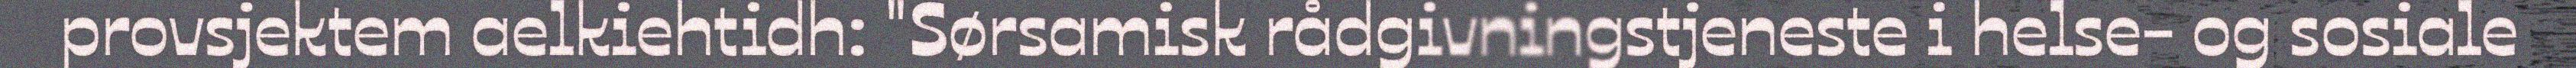
provsjektem aelkiehtidh: "Sørsamisk rådgivningstjeneste i helse- og sosiale